Vital statistics of India. Vol. IV, Annual returns from 1871 to 1876. British Army of India, Native Army and jails of Bengal
Year: 1871
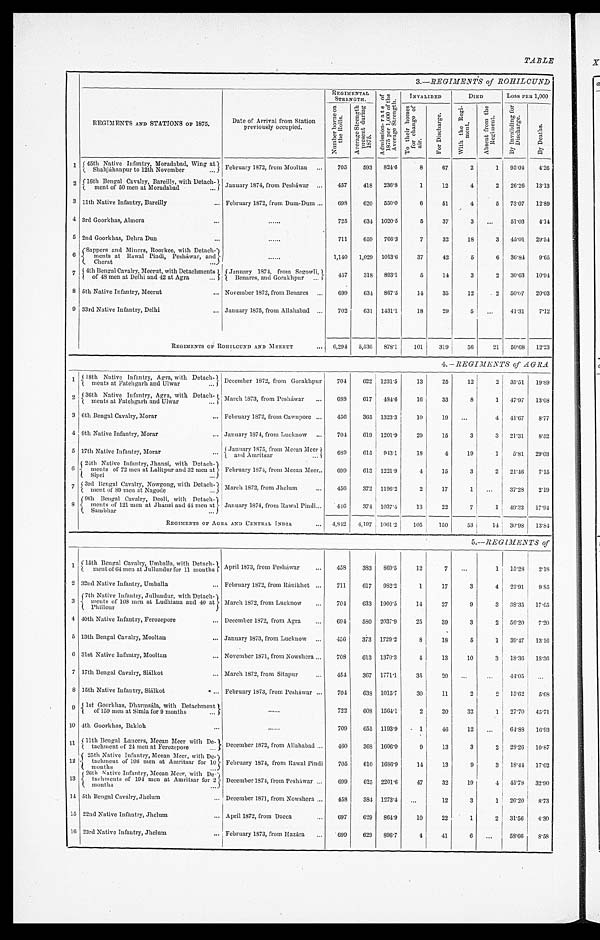
TABLE
3 .—REGIMENTS of ROHILCUND
REGIMENTS AND STATIONS OF 1875.
Date of Arrival from Station
previously occupied.
REGIMENTAL
STRENGTH.
A d m i s s i o n - r a t e o f 1 8 7 5 p e r 1 , 0 0 0 o f t h e A v e r a g e S t r e n g t h .
INVALIDED
DIED
L o s s P E R 1 , 0 0 0
N u m b e r b o r n e o n t h e R o l l s . A v e r a g e S t r e n g t h p r e s e n t d u r i n g 1 8 7 5 .
T o t h e i r h o m e s f o r c h a n g e o f a i r .
F o r D i s c h a r g e .
W i t h t h e R e g i m e n t .
A b s e n t f r o m t h e R e g i m e n t . B y I n v a l i d i n g f o r D i s c h a r g e .
B y D e a t h s .
1 45th Native Infantry, Moradabad, Wing at February 1872, from Mooltan ...
705
593 824.6
8
67
2
1 95.04 4.26
Shahjahanpur to 12th November
2
1 6 t h B e n g a l C a v a l r y , B a r e i l l y , w i t h D e t a c h
-
January 1874, from Pesháwar ...
457
418 236.8
1
12
4
2 26.26 13.13
ment of 50 men at Moradabad
. . .
3
11th Native Infantry, Bareilly
... February 1672, from Dum-Dum ...
698
620 550.0
6
51
4
5 73.07 12.89
4
3rd Goorkhas, Almora
...
......
725
634 1020.5
5
37
3 ...
51.03
4.14
5
2nd Goorkhas, Debra Dun
. . .
......
711
659 766.3
7
32
18
3 45.01 29.54
6 Sappers and Miners, Roorkee, with Detach-
limits at Rawal Pindi, Peshawar, and ;
......
1,14 0 1,029 1013.6
37
42
5
6 36.84
9.65
Cherat
...
7 4th Bengal Cavalry, Meerut, with Detachments
J a nua r y 1874, f r om Se gowl i ,
457
318 893.1
5
14
3
2 30.63 10.94
o f 4 8 m e n a t D e l h i a n d 4 2 a t A g r a
. . .
B e n a r e s , a n d G o r a k h p u r
. . .
8
5th Native Infantry, Meerut
... November 1872, from Benares ...
699
634 867.5
14
35
12
2 50.07 20.03
9
33rd Native Infantry, Delhi
... January 1875, from Allahabad ...
702
631 1431.1
18
29
5
...
41.31
7.12
REGIMENTS OF ROHILCUND AND MEERUT
. . . 6,294 5,536
878.1
101
319
56
21 50.68 12.23
-
4. —R EGIMENTS of AGRA
1 18th Native Infantry, Agra, with Detach- December 1872, from Gorakhpur
704
622 1231.5
13
25
12
2 35.51 19.89
ments at Fatehgarh and Ulwar
... . . .
2
3 6 t h N a t i v e I n f a n t r y , A g r a , w i t h
D e t a c h -
March 1873, from Peshawar ...
688
617 484.6
16
33
8
1 47.97 13.08
ments at Fatehgarh and Ulwar
. . .
3 6th Bengal Cavalry, Morar
... February 1672, from Cawnpore ...
456
365 1323.3
10
19
...
4 41.67
8.77
4 9th Native Infantry, Morar
... January 1874, from Lucknow ...
704
619 1201.9
29
15
3
3 21.31
8.52
5 17th Native Infantry, Morar
. . . January 1875, from Meean Meer
689
615 943.1
18
4
19
1
5.81 29.03
a n d A m r i t s a r
. . .
6 24th Native Infantry, Jhansi, wi t h De t a c h- me nt s of 72 me n a t La l i t pur a nd 32 me n a t
- ments of 72 men at Balitptir and 32 men at February 1874, from Meean Meer . . . 699
613 1221.9
4
15
3
2 21.46
7.15
Sipri
. . .
7 3rd Bengal Cavalry, Nowgong, with Detach- March 1872, from Jhelum
...
456
372 1196'2
2
17
1
...
37.28
2.19
ment of 89 men at Nagode
. . .
8 9th Bengal Cavalry, Deoli, with Detach-
lents of 121 men at Jhansi and 44 men at January 1874, from Rawal Pindi_ . . .
446
374 1037.4
13
22
7
1 49.13 17.94
Sa mb h a r
. . .
REGIMENTS OF AGRA. AND CENTRAL INDIA
-
... 4,842
4,197 1061.2
105
150
53
14 30.98 13.84
5.—REGI3IENTS of
1
(15th Bengal Cavalry, Umballa, with Detach- }
ment of 64 men at Jullundur for 11 months April 1873 from Peshawar
'
. . .
458
383 869.5
12
7
...
1 15'28 2'18
2 32nd Native Infantry, Umballa
... February 1872, from Ranikhet ...
711
617 982.2
1
17
3
4 23.91
9.85
3
7th Native Infantry, Jullundur, with Detach
ments of' 108 men at Ludhiana and 40 at
1 Phillour
)
March 1872, from Lucknow
...
704
633 1900.5
14
27
9
3 38.35 17.05
4 40th Native Infantry, Ferozepore
... December 1872, from Agra
...
694
580 2037.9
25
39
3
2 56.20 7.20
5 13th Bengal Cavalry, Mooltan
... January 1873, from Lucknow ...
456
373 1729.2
8
18
5
1 39.47 13.16
6 31st Native Infantry, Mooltan
... November 1871, from Nowshera ...
708
613 1370.3
4
13
10
3 18.36 18.36
7 17th Bengal Cavalry, SiAlkot
... March 1872, from Sitapur
...
454
367 1771.1
35
20
...
...
44.05 ...
8 15th Native Infantry, Sialkot
... February 1873, from Peshawar ...
704
638 1015.7
30
11
2
2 15.62
5.68
9
1st Goorkhas, Dbarmsála, with Detachment
......
722
608 1564.1
2
20
32
1 27.70 45.71
of 159 men at Simla for 9 months
...
10 4th Goorkhas, Bakloh
...
......
709
655 1193.9
1
46
12
...
64.88 16.93
11 11th Bengal Lancers, Meean Meer with De- December 1872, from Allahabad ...
460
368 1606.0
9
13
3
2 28.26 10.87
tachment of 24 men at Ferozepore
. . .
12
( 25th Native Infantry, Meean Meer, with De-
tachment of 198 men at Amritsar for 10 February 1874, from Rawal Pindi
705
610 1686.9
14
13
9
3 18'44 17'02
( months
13
26th Native Infantry, Meean Meer, with De-
tachments of 194 men at Amritsar for 2 December 1874, from Peshawar ..
699
625 2201.6
47
32
19
4 45.78 32.90
months
...
14 5th Bengal Cavalry, Jhelum
... December 1871, from Nowshera ...
458
384 1273.4 ...
12
3
1 26.20
8.73
1 5 22nd Native Infantry, Jhelum
... April 1872, from Dacca
...
697
629 864.9
10
22
1
2 31'50
4.30
1 6 23rd Native Infantry, Jhelum
... February 1873, from Hazára
699
629 896.7
4
41
6 ...
56.66
8.58